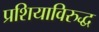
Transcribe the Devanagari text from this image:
प्रशियाविरुद्ध